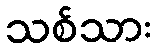
သစ်သား